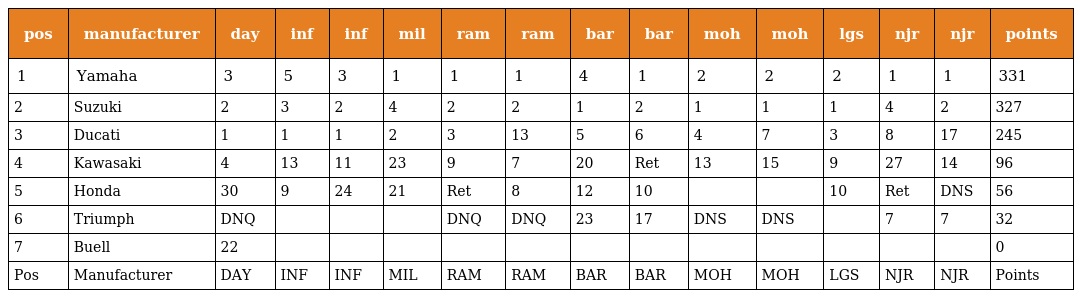
| pos | manufacturer | day | inf | inf | mil | ram | ram | bar | bar | moh | moh | lgs | njr | njr | points |
 | --- | --- | --- | --- | --- | --- | --- | --- | --- | --- | --- | --- | --- | --- | --- | --- |
 | 1 | Yamaha | 3 | 5 | 3 | 1 | 1 | 1 | 4 | 1 | 2 | 2 | 2 | 1 | 1 | 331 |
 | 2 | Suzuki | 2 | 3 | 2 | 4 | 2 | 2 | 1 | 2 | 1 | 1 | 1 | 4 | 2 | 327 |
 | 3 | Ducati | 1 | 1 | 1 | 2 | 3 | 13 | 5 | 6 | 4 | 7 | 3 | 8 | 17 | 245 |
 | 4 | Kawasaki | 4 | 13 | 11 | 23 | 9 | 7 | 20 | Ret | 13 | 15 | 9 | 27 | 14 | 96 |
 | 5 | Honda | 30 | 9 | 24 | 21 | Ret | 8 | 12 | 10 |  |  | 10 | Ret | DNS | 56 |
 | 6 | Triumph | DNQ |  |  |  | DNQ | DNQ | 23 | 17 | DNS | DNS |  | 7 | 7 | 32 |
 | 7 | Buell | 22 |  |  |  |  |  |  |  |  |  |  |  |  | 0 |
 | Pos | Manufacturer | DAY | INF | INF | MIL | RAM | RAM | BAR | BAR | MOH | MOH | LGS | NJR | NJR | Points |